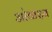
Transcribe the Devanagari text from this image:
ओवाइय